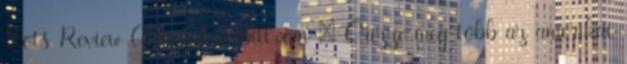
Slots Review Casinophonebill.com – Őrizze meg több az amerikai